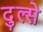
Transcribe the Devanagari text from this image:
दुल्से